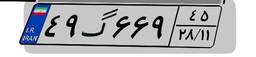
۴۹گ۶۶۹۴۵